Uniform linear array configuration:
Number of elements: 12
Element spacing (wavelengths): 0.75
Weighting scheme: binomial
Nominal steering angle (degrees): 45
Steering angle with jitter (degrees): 45.994
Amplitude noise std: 0.05
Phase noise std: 0.05

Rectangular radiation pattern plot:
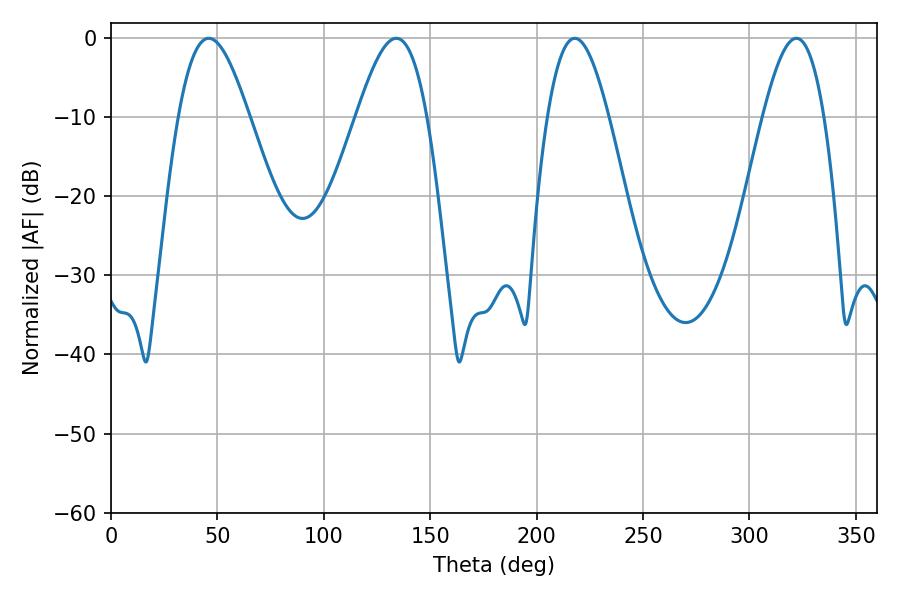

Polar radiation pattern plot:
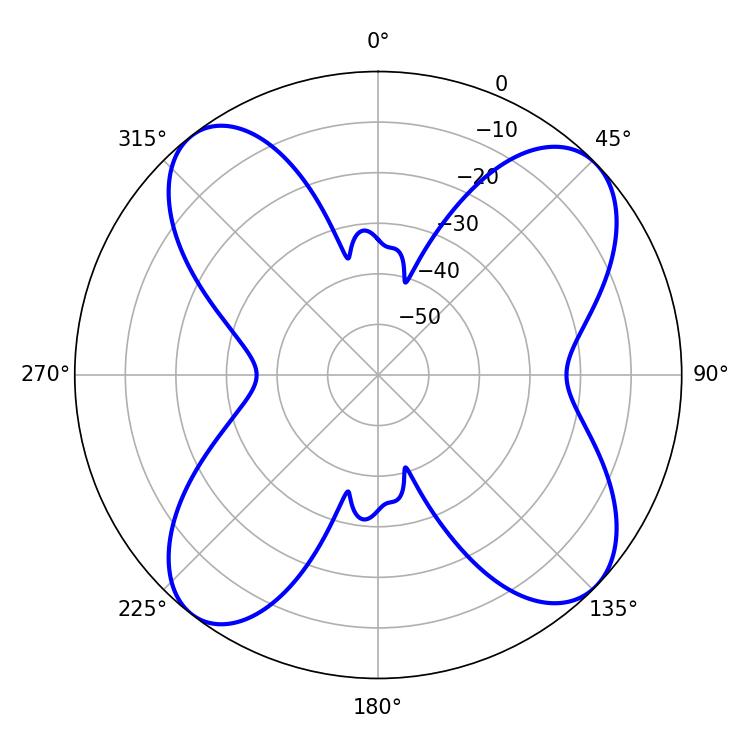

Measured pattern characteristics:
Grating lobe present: TRUE
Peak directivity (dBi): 11.792
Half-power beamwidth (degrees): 17.82
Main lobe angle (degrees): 45.9